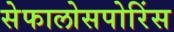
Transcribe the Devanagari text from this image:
सेफालोसपोरिंस